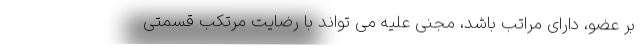
بر عضو، دارای مراتب باشد، مجنی علیه می تواند با رضایت مرتکب قسمتی